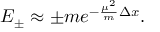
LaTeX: E _ { \pm } \approx \pm m e ^ { - \frac { \mu ^ { 2 } } { m } \Delta x } .